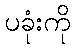
ပခုံးကို